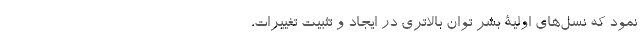
نمود که نسل‌های اولیۀ بشر توان بالاتری در ایجاد و تثبیت تغییرات،